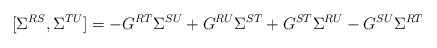
\begin{align*}[\Sigma^{RS},\Sigma^{TU}]=-G^{RT}\Sigma^{SU}+G^{RU}\Sigma^{ST}+G^{ST}\Sigma^{RU}-G^{SU}\Sigma^{RT}\end{align*}